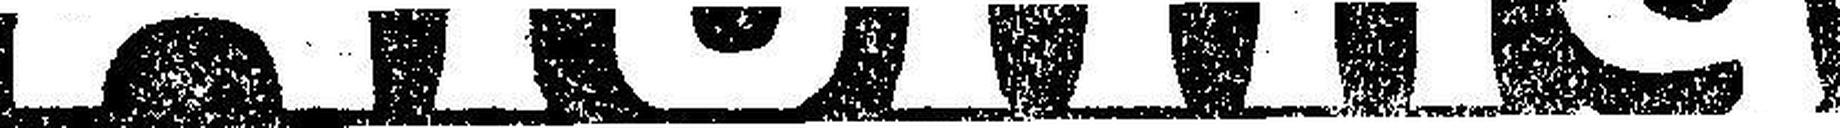
Aibling